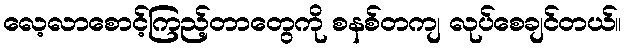
လေ့လာစောင့်ကြည့်တာတွေကို စနစ်တကျ လုပ်စေချင်တယ်။